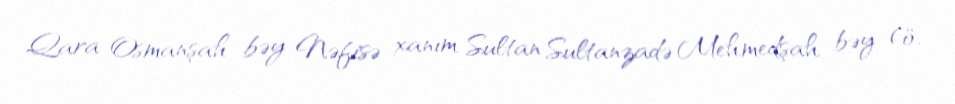
Qara Osmanşah bəy Nəfisə xanım Sultan Sultanzadə Mehmedşah bəy (ö.